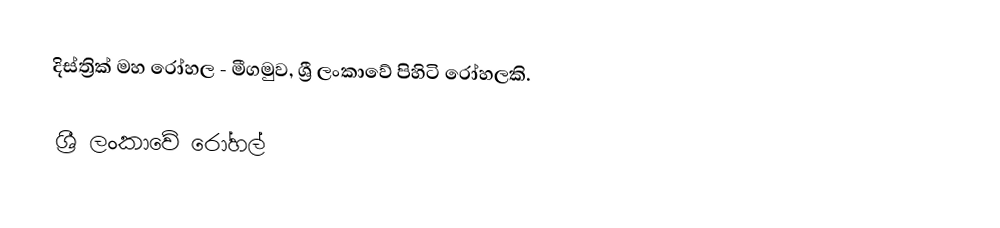
දිස්ත්‍රික් මහ රෝහල - මීගමුව, ශ්‍රී ලංකාවේ පිහිටි රෝහලකි.

ශ්‍රී ලංකාවේ රෝහල්